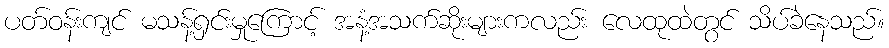
ပတ်ဝန်းကျင် မသန့်ရှင်းမှုကြောင့် အနံ့အသက်ဆိုးများကလည်း လေထုထဲတွင် သိပ်ခဲနေသည်။